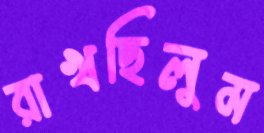
রাখছিলুম